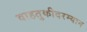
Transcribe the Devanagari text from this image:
वाहतुकीदरम्यान